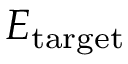
\boldsymbol { E } _ { \mathrm { t a r g e t } }